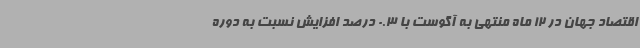
اقتصاد جهان در 12 ماه منتهی به آگوست با 0.3 درصد افزایش نسبت به دوره